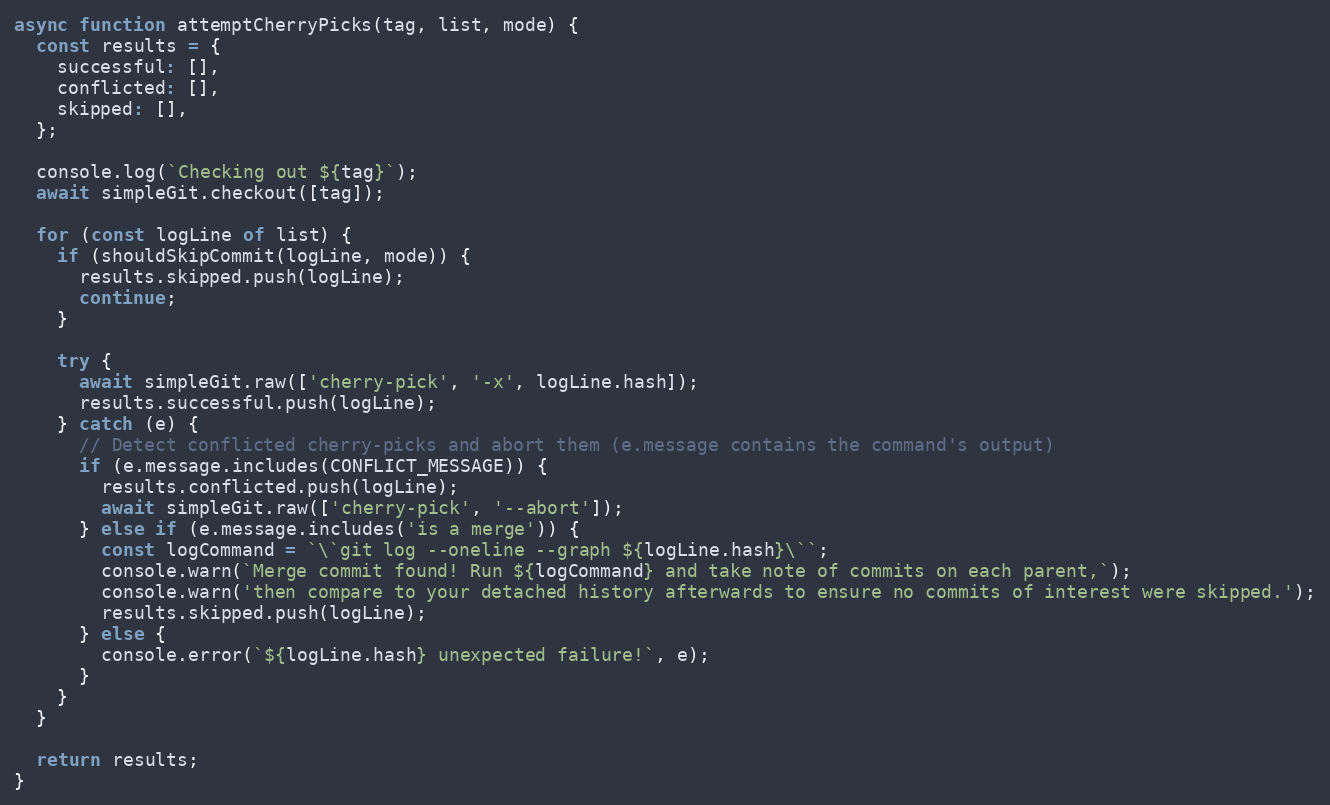
Language: JavaScript
async function attemptCherryPicks(tag, list, mode) {
  const results = {
    successful: [],
    conflicted: [],
    skipped: [],
  };

  console.log(`Checking out ${tag}`);
  await simpleGit.checkout([tag]);

  for (const logLine of list) {
    if (shouldSkipCommit(logLine, mode)) {
      results.skipped.push(logLine);
      continue;
    }

    try {
      await simpleGit.raw(['cherry-pick', '-x', logLine.hash]);
      results.successful.push(logLine);
    } catch (e) {
      // Detect conflicted cherry-picks and abort them (e.message contains the command's output)
      if (e.message.includes(CONFLICT_MESSAGE)) {
        results.conflicted.push(logLine);
        await simpleGit.raw(['cherry-pick', '--abort']);
      } else if (e.message.includes('is a merge')) {
        const logCommand = `\`git log --oneline --graph ${logLine.hash}\``;
        console.warn(`Merge commit found! Run ${logCommand} and take note of commits on each parent,`);
        console.warn('then compare to your detached history afterwards to ensure no commits of interest were skipped.');
        results.skipped.push(logLine);
      } else {
        console.error(`${logLine.hash} unexpected failure!`, e);
      }
    }
  }

  return results;
}